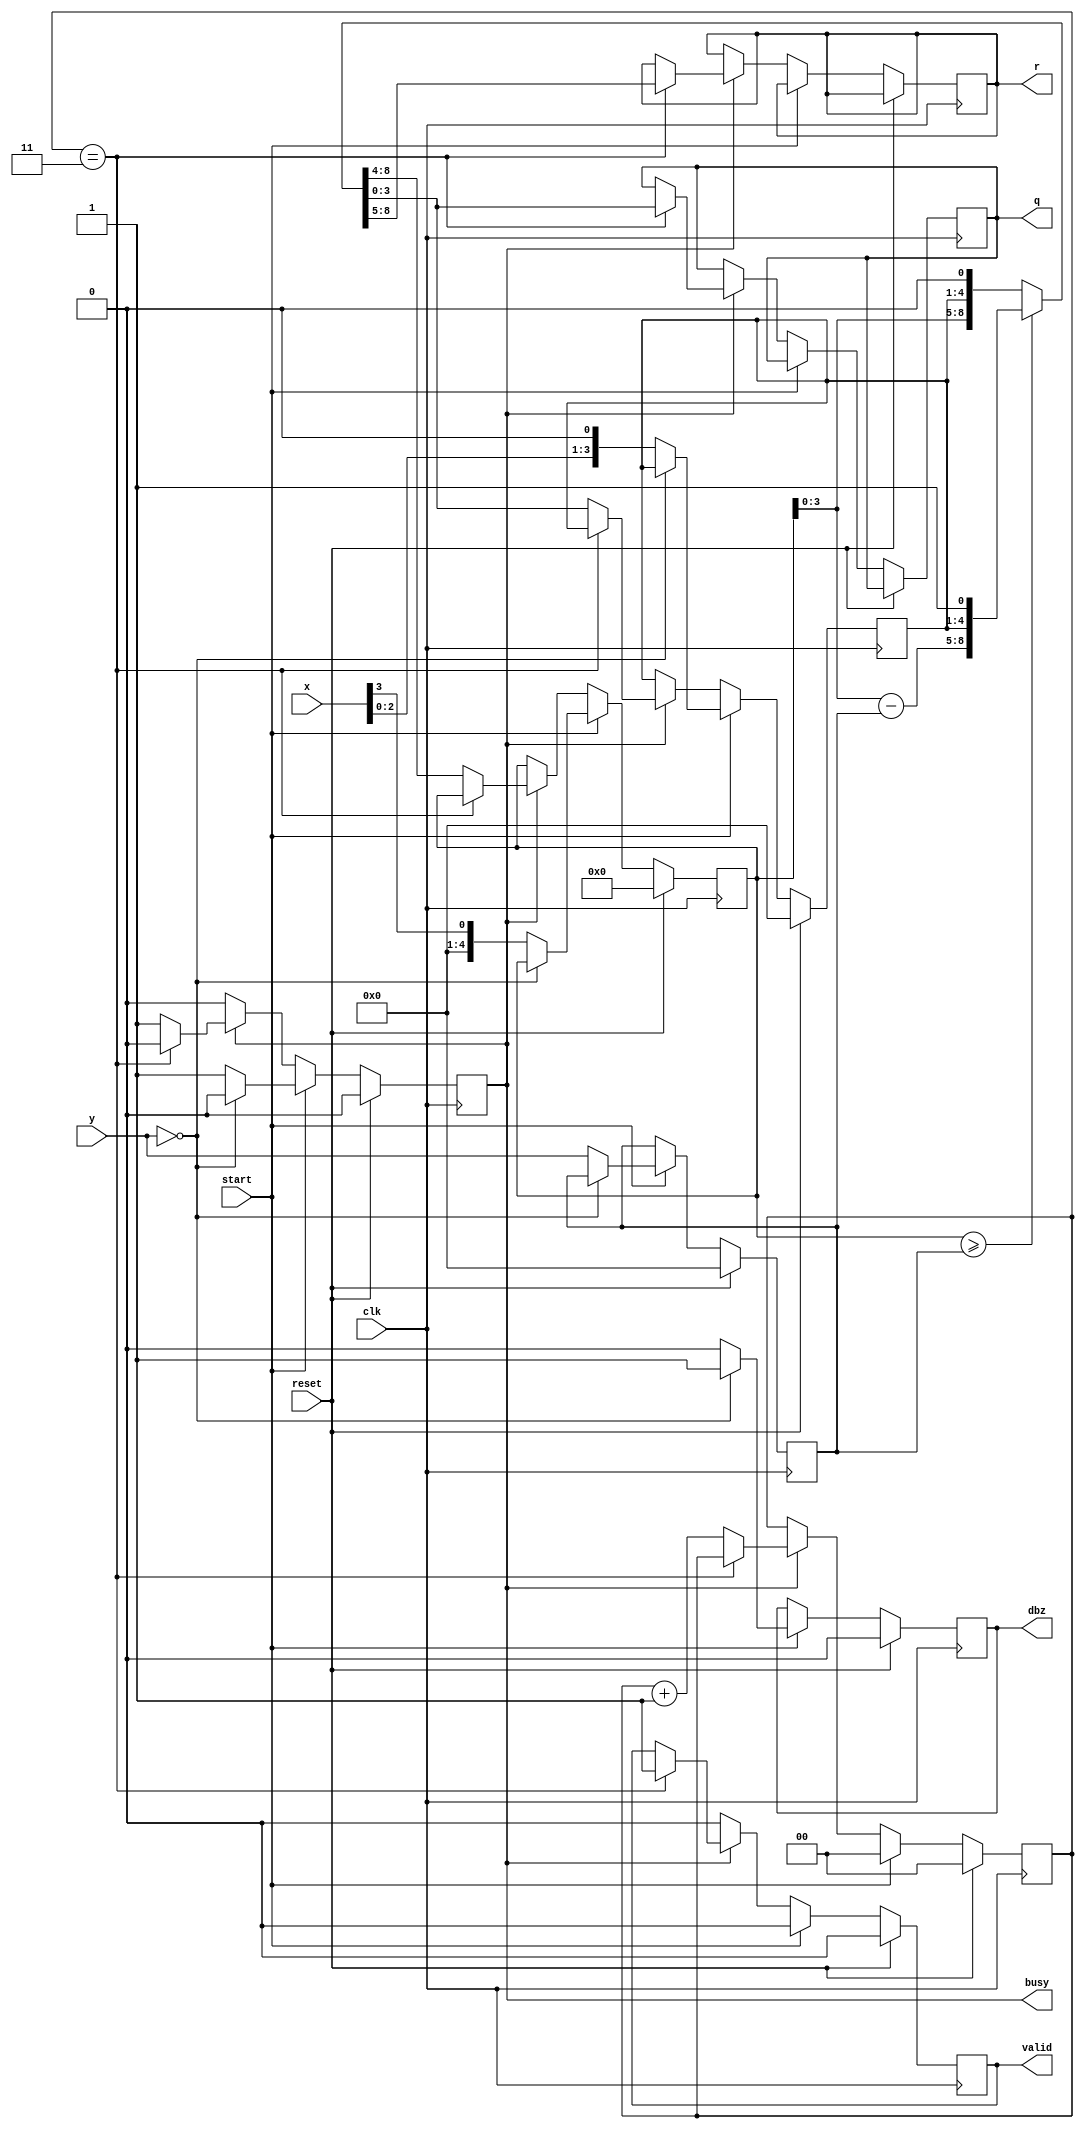
// Project F: Division (Integer)
// (C)2021 Will Green, Open source hardware released under the MIT License
//
// Update to verilog implementation
// Michael Tetemke Mehari (michael.mehari@ugent.be)

`timescale 1ns / 1ps

module div_int #(parameter WIDTH=4) (
	input wire clk,
	input wire reset,
	input wire start,          // start signal
	output reg busy,           // calculation in progress
	output reg valid,          // quotient and remainder are valid
	output reg dbz,            // divide by zero flag
	input wire [WIDTH-1:0] x,  // dividend
	input wire [WIDTH-1:0] y,  // divisor
	output reg [WIDTH-1:0] q,  // quotient
	output reg [WIDTH-1:0] r   // remainder
	);

	reg [WIDTH-1:0] y1;            // copy of divisor
	reg [WIDTH-1:0] q1, q1_next;   // intermediate quotient
	reg [WIDTH:0] ac, ac_next;     // accumulator (1 bit wider)
	reg [$clog2(WIDTH)-1:0] i;     // iteration counter

	always @* begin
		if (ac >= {1'b0,y1}) begin
			ac_next = ac - y1;
			{ac_next, q1_next} = {ac_next[WIDTH-1:0], q1, 1'b1};
		end else begin
			{ac_next, q1_next} = {ac, q1} << 1;
		end
	end

	always @(posedge clk) begin
		if(reset) begin
			busy <= 0;
			valid <= 0;
			dbz <= 0;
			i <= 0;
			y1 <= 0;
			ac <= 0;
			q1 <= 0;

		end else begin
			if (start) begin
				valid <= 0;
				i <= 0;
				if (y == 0) begin  // catch divide by zero
					busy <= 0;
					dbz <= 1;
				end else begin  // initialize values
					busy <= 1;
					dbz <= 0;
					y1 <= y;
					{ac, q1} <= {{WIDTH{1'b0}}, x, 1'b0};
				end

			end else if (busy) begin
				if (i == WIDTH-1) begin  // we're done
					busy <= 0;
					valid <= 1;
					q <= q1_next;
					r <= ac_next[WIDTH:1];  // undo final shift
				end else begin  // next iteration
					i <= i + 1;
					ac <= ac_next;
					q1 <= q1_next;
				end
			end else begin
				valid <= 0;
			end
		end
	end
endmodule